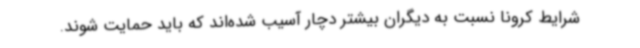
شرایط کرونا نسبت به دیگران بیشتر دچار آسیب شده‌اند که باید حمایت شوند.